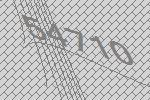
54710